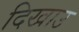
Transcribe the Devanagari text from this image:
दिखाउ